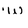
Character: w